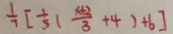
\frac { 1 } { 7 } [ \frac { 1 } { 5 } ( \frac { x + 2 } { 3 } + 4 ) + 6 ]